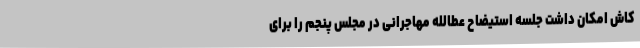
کاش امکان داشت جلسه استیضاح عطالله مهاجرانی در مجلس پنجم را برای